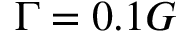
\Gamma = 0 . 1 G